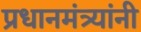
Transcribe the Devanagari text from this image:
प्रधानमंत्र्यांनी